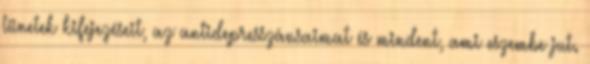
tünetek kifejezéseit, az antidepresszánsaimat és mindent, ami eszembe jut.